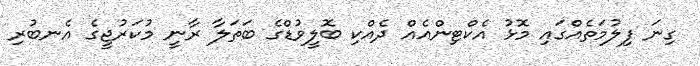
ގިނަ ފިލުމަތެއްގައި މޮޅު އެކްޓިންއެއް ދެއްކި ބޮލީވުޑްގެ ބަތަލާ ރާނީ މުކަރުޖީގެ އެނބުރި